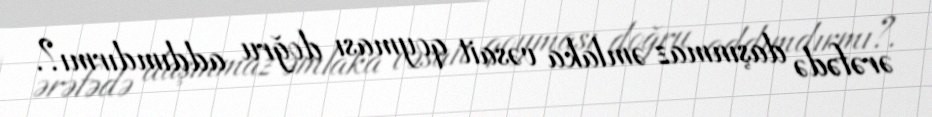
ərəfədə daşınmaz əmlaka vəsait qoyması doğru addımdırmı?.